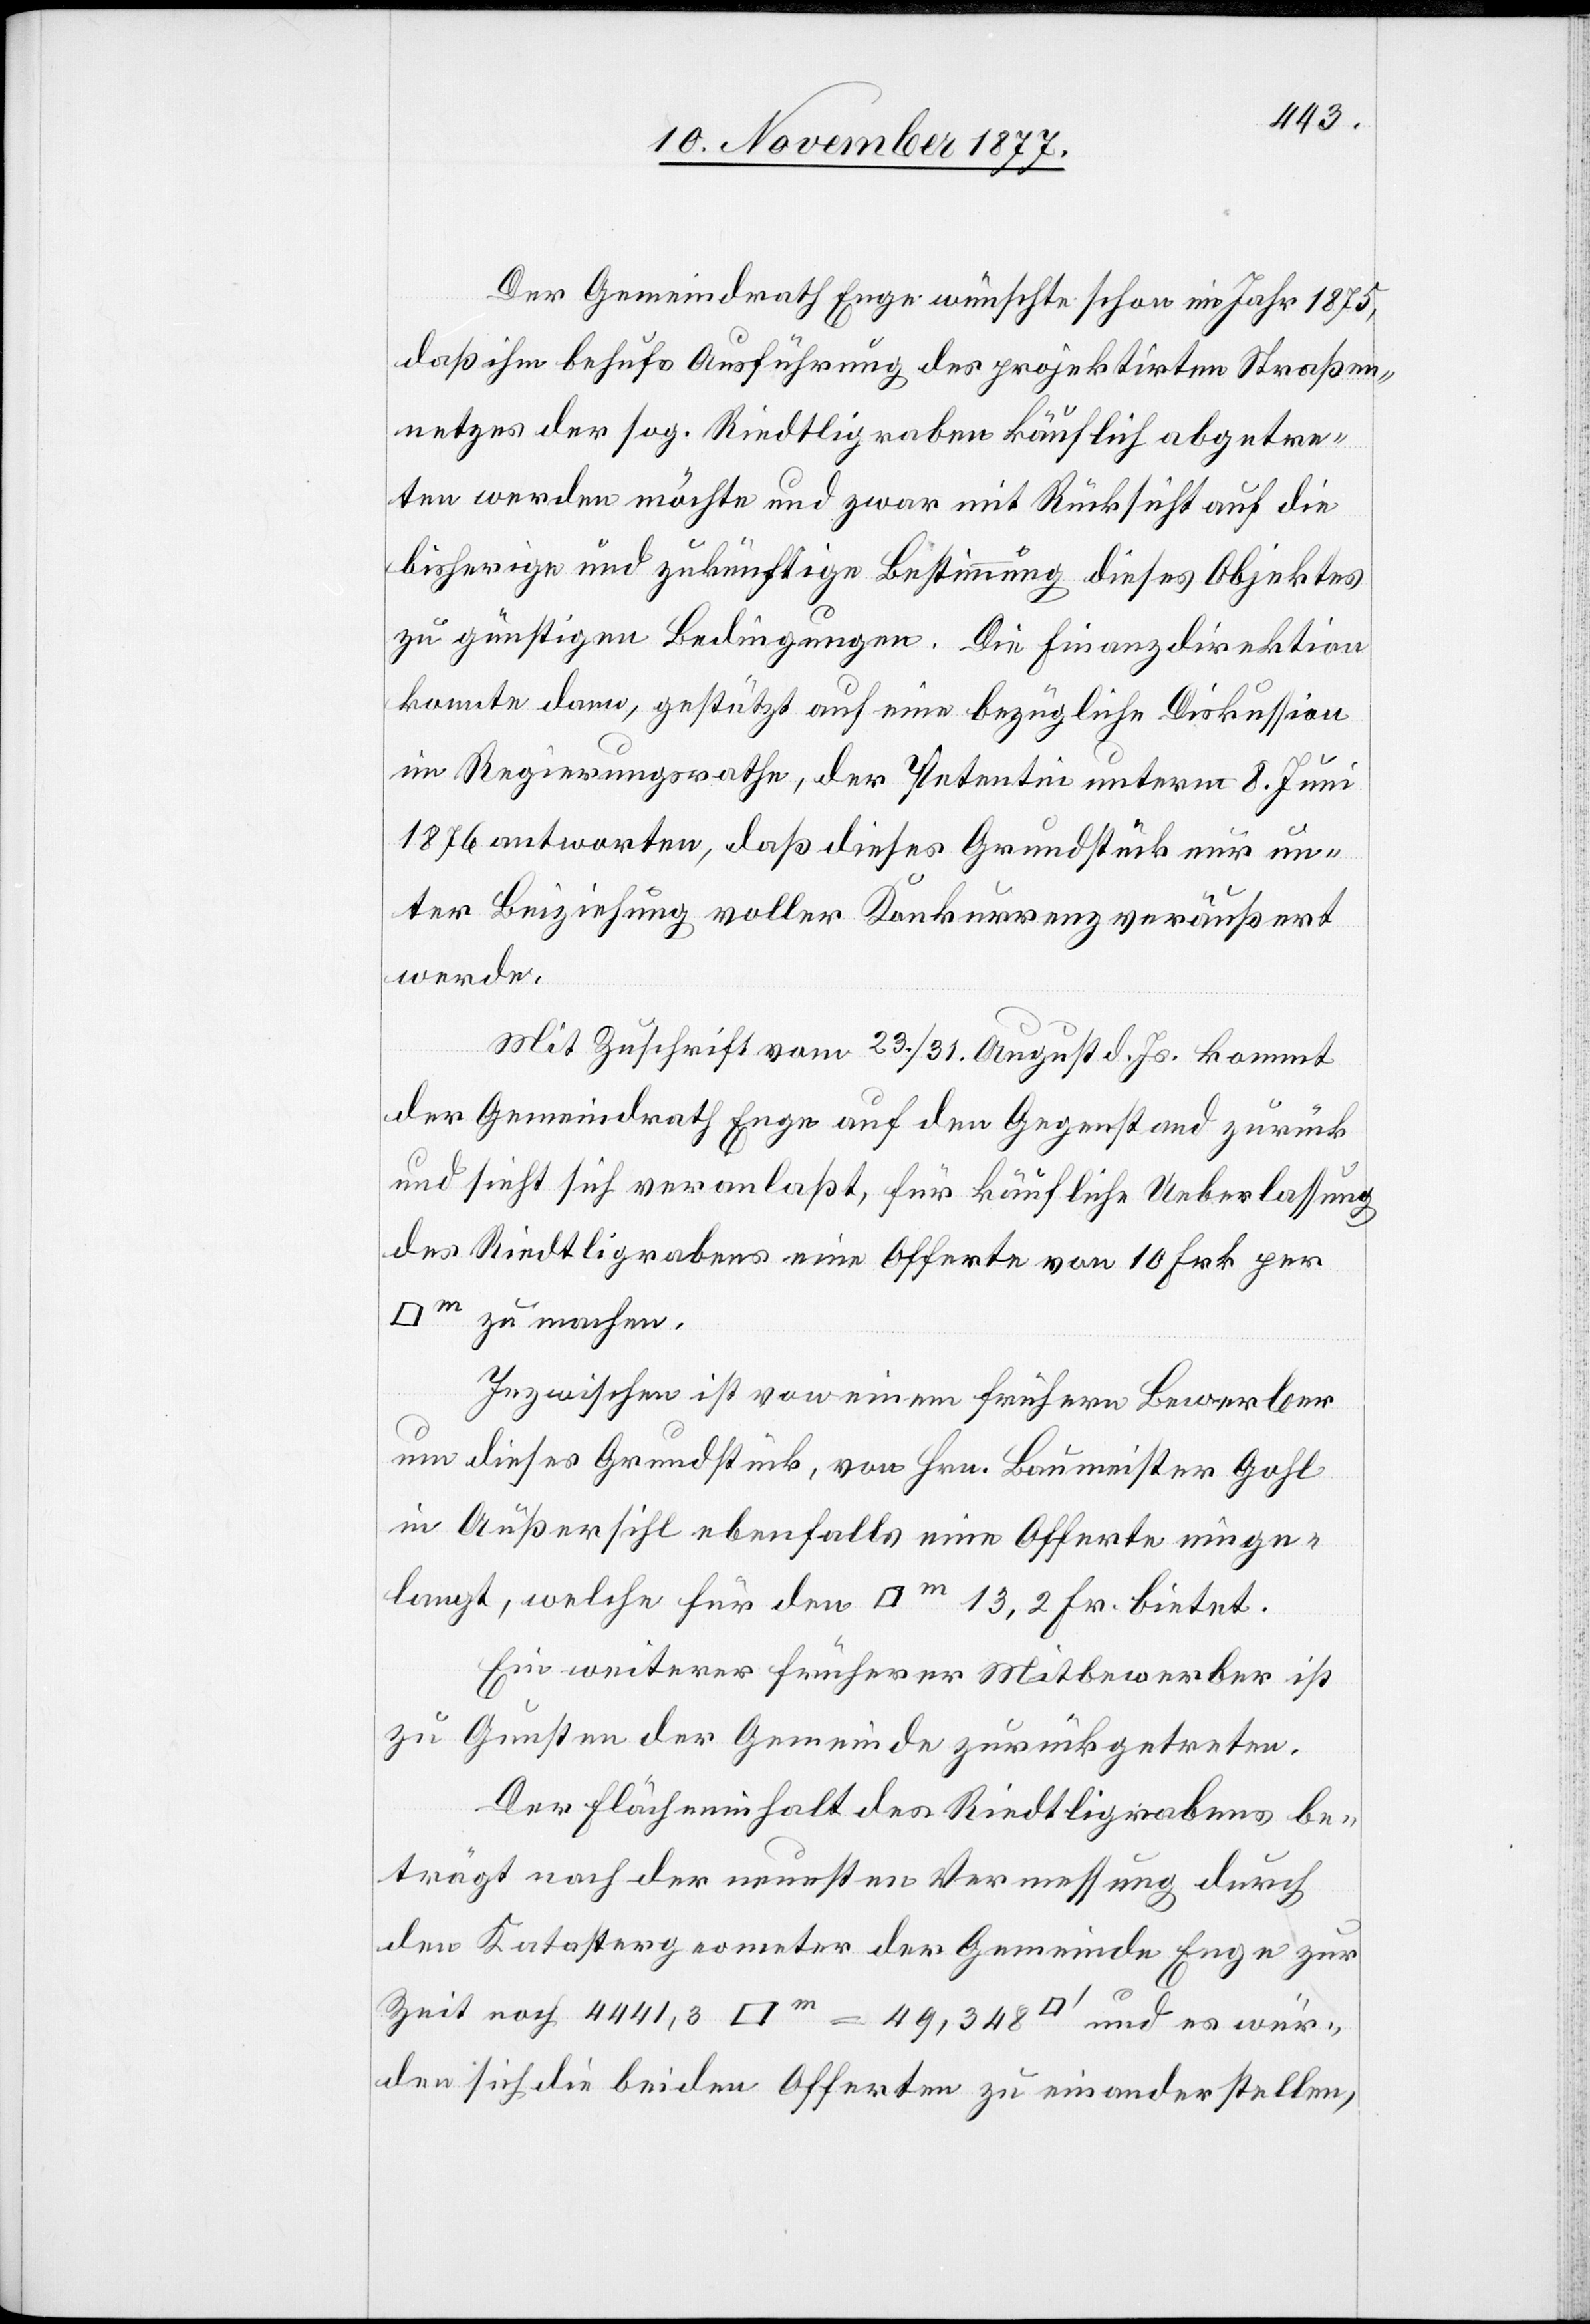
Der Gemeindrath Enge wünschte schon im Jahr 1875,
daß ihm behufs Ausführung des projektirten Straßen¬
netzes der sog. Riedtligraben käuflich abgetre¬
ten werden möchte und zwar mit Rücksicht auf die
bisherige und zukünftige Bestimmung dieses Objektes
zu günstigen Bedingungen. Die Finanzdirektion
konnte dann, gestützt auf eine bezügliche Diskussion
im Regierungsrathe, der Petentin unterm 8. Juni
1876 antworten, daß dieses Grundstück nur un¬
ter Beiziehung voller Konkurrenz veräußert
werde.
Mit Zuschrift vom 23./31. August d. Js. kommt
der Gemeindrath Enge auf den Gegenstand zurück
und sieht sich veranlaßt, für käufliche Ueberlassung
des Riedtligrabens eine Offerte von 10 Frk. per
meter] zu machen.
Inzwischen ist von einem frühern Bewerber
um dieses Grundstück, von Hrn. Baumeister Gohl
in Außersihl ebenfalls eine Offerte einge¬
langt, welche für den [Quadratmeter] 13,2 Fr. bietet.
Ein weiterer früherer Mitbewerber ist
zu Gunsten der Gemeinde zurückgetreten.
Der Flächeninhalt des Riedtligrabens be¬
trägt nach der neuesten Vermessung durch
den Katastergeometer der Gemeinde enge zur
wür¬
den sich die beiden Offerten zu einander stellen,